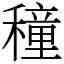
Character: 穜